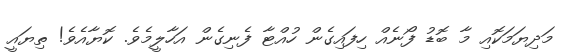
މަދިޔަމަކޮއި މާ ބޮޑު ފޯނެއް ހިފައިގެން ހުއްޓާ ފެނިގެން އަހާލީމެވެ. ކޮޔާއެވެ! ތިޔައީ